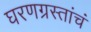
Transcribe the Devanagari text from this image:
घरणग्रस्तांचं